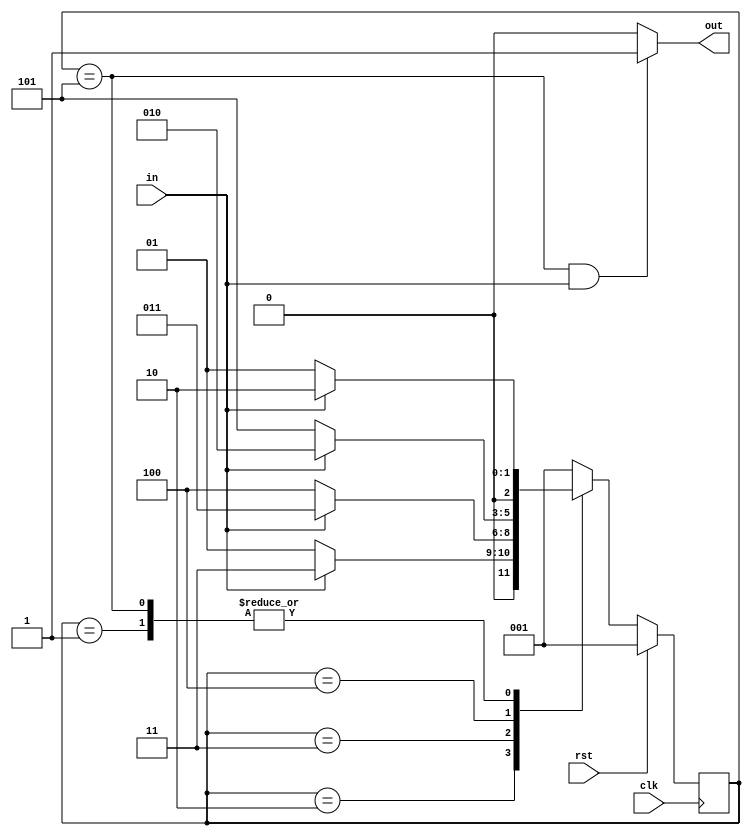
module mealy_seq(
  input in,clk,rst,
  output out);
  
  parameter s1=1;
  parameter s2=2;
  parameter s3=3;
  parameter s4=4;
  parameter s5=5;
  
  reg [2:0] p_state,n_state;
  
  always@(posedge clk) begin
    if(rst) begin
      p_state <=s1;
    end
    
    else begin
      p_state <= n_state;
    end
  end
  
  always@(p_state or in) begin
    case(p_state) 
      s1: begin
        if(in)
          n_state <= s2;
        else
          n_state <= s1;
      end
      
      s2: begin
        if(in)
          n_state <= s3;
        else
          n_state <= s1;
      end
      
      s3: begin
        if(in)
          n_state <= s3;
        else
          n_state <= s4;
      end
      
      s4: begin
        if(in)
          n_state <= s2;
        else
          n_state <= s5;
      end
      
      s5: begin
        if(in)
          n_state <= s2;
        else
          n_state <= s1;
      end
      default:n_state <=s1;
      endcase
    end
      
  assign out = (p_state==s5) && (in==1)? 1 : 0;
      
    
      endmodule